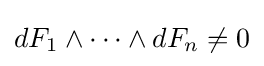
dF_{1}\wedge \cdots \wedge dF_{n}\neq 0